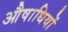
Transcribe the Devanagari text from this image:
औषाधियों